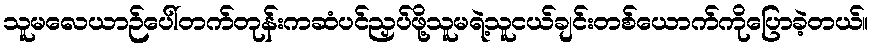
သူမလေယာဉ်ပေါ်တက်တုန်းကဆံပင်ညှပ်ဖို့သူမရဲ့သူငယ်ချင်းတစ်ယောက်ကိုပြောခဲ့တယ်။